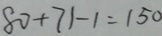
8 0 + 7 1 - 1 = 1 5 0